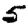
Digit: 5